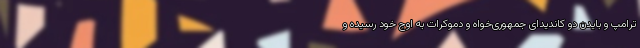
ترامپ و بایدن دو کاندیدای جمهوری‌خواه و دموکرات به اوج خود رسیده و